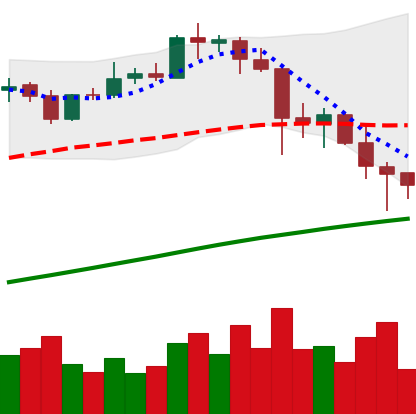
Ticker: BTC-USD
Chart end date: 2021-04-24
Forward return: 7.001%
Label: up_7plus